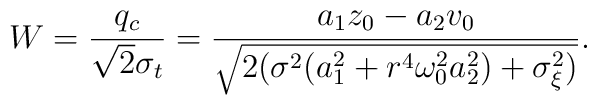
W=\frac{q_c}{\sqrt{2}\sigma _t}=\frac{a_1z_0-a_2v_0}{\sqrt{2(\sigma^2(a_1^2+r^4{\omega _0^2}a_2^2)+\sigma _\xi ^2)}}.